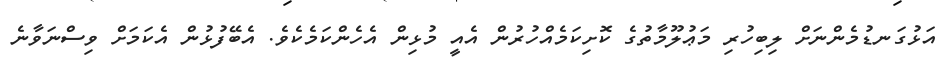
އަޅުގަނޑުމެންނަށް ލިބިހުރި މަޢުލޫމާތުގެ ކޮށިކަމެއްހުރުން އެއީ މުޅިން އެހެންކަމެކެވެ. އެބޭފުޅުން އެކަމަށް ވިސްނަވާނެ